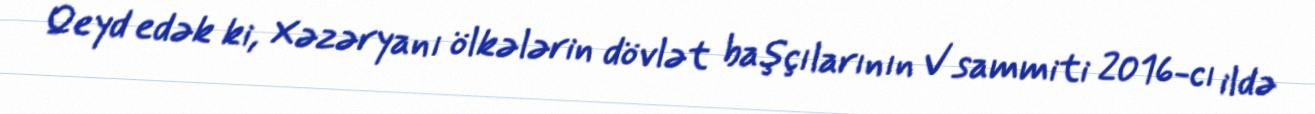
Qeyd edək ki, Xəzəryanı ölkələrin dövlət başçılarının V sammiti 2016-cı ildə